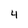
Character: 4